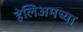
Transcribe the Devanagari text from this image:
हेलिअमच्या